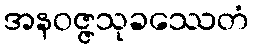
အနဝဇ္ဇသုခဿေတံ